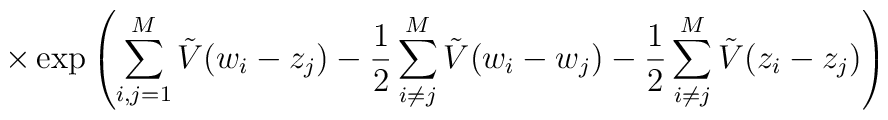
\times\exp \left( \sum_{i,j=1}^M \tilde{V}(w_i -  z_j)- \frac{1}{2}\sum_{i \neq j}^M \tilde{V}(w_i - w_j)- \frac{1}{2}\sum_{i \neq j}^M \tilde{V}(z_i - z_j)  \right)